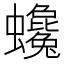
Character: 𧕃